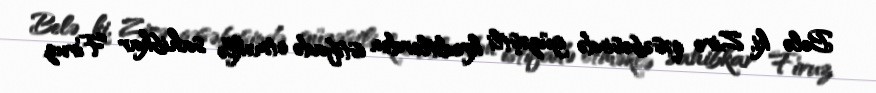
Belə ki, Zirə qəsəbəsində güzəştli kreditlərdən istifadə etməklə sahibkar Firuz